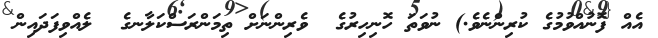
އެއް ފޮނުއްވުމުގެ ކުރިންނެވެ.) ނުވަތަ ހޮނިހިރުގެ  ވެރިންނަށް ތިމަންރަސްކަލާނގެ  ލެއްވިފަދައިން